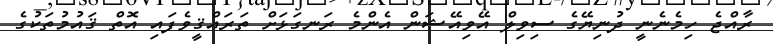
ރާއްޖެ ހިމެނެނީ ދުނިޔޭގެ ސިވިލް އޭވިއޭޝަން އެންމެ ރަނގަޅަށް ތަރައްޤީވެފައި އޮތް ޤައުމުތަކުގެ